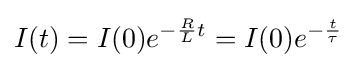
I(t)=I(0)e^{-{\frac {R}{L}}t}=I(0)e^{-{\frac {t}{\tau }}}